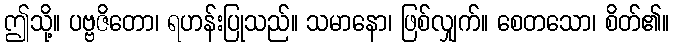
ဤသို့။ ပဗ္ဗဇိတော၊ ရဟန်းပြုသည်။ သမာနော၊ ဖြစ်လျှက်။ စေတသော၊ စိတ်၏။